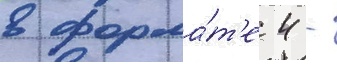
в форма́т'е 4 -